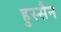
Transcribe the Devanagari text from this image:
हुस्सैन